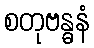
စတုဗန္ဓနံ